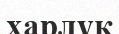
харлұқ